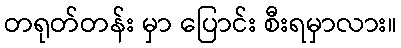
တရုတ်တန်း မှာ ပြောင်း စီးရမှာလား။